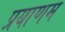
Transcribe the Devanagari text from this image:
प्रयाणम